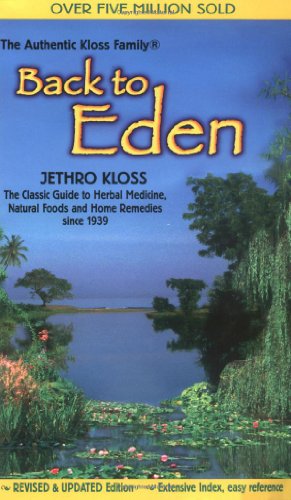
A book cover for Back To Eden; Jethro Kloss; Health, Fitness & Dieting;